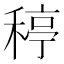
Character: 𥠣